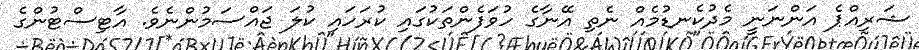
ޝަރިއްޕެ އަންނަނީ މެދުކެނޑުމެއް ނެތި އޭނާގެ ހުވަފެންތަކުގައި ކުރަހައި ކުލަ ޖައްސަމުންނެވެ. އާޓިސްޓުންގެ